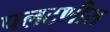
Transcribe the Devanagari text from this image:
पलटणीस